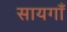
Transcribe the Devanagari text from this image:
सायगाँ